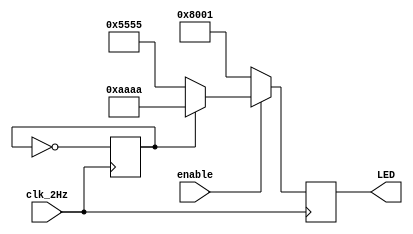
`timescale 1ns / 1ps

module led_driver(
    input clk_2Hz,
    input enable,           // enabled during open voting
    output reg [15:0] LED
    );
    
    parameter S0 = 16'h5555;
    parameter S1 = 16'hAAAA;
    
    reg ctr = 0;
    
    always @(posedge clk_2Hz)
        ctr <= ~ctr;
    
    always @(posedge clk_2Hz)
        if(enable)
            if(ctr == 0)
                LED = S0;
            else
                LED = S1;
        else
            LED = 16'h8001;
  
endmodule